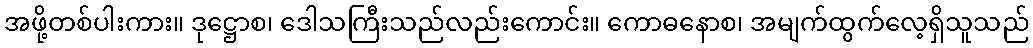
အဖို့တစ်ပါးကား။ ဒုဋ္ဌောစ၊ ဒေါသကြီးသည်လည်းကောင်း။ ကောဓနောစ၊ အမျက်ထွက်လေ့ရှိသူသည်